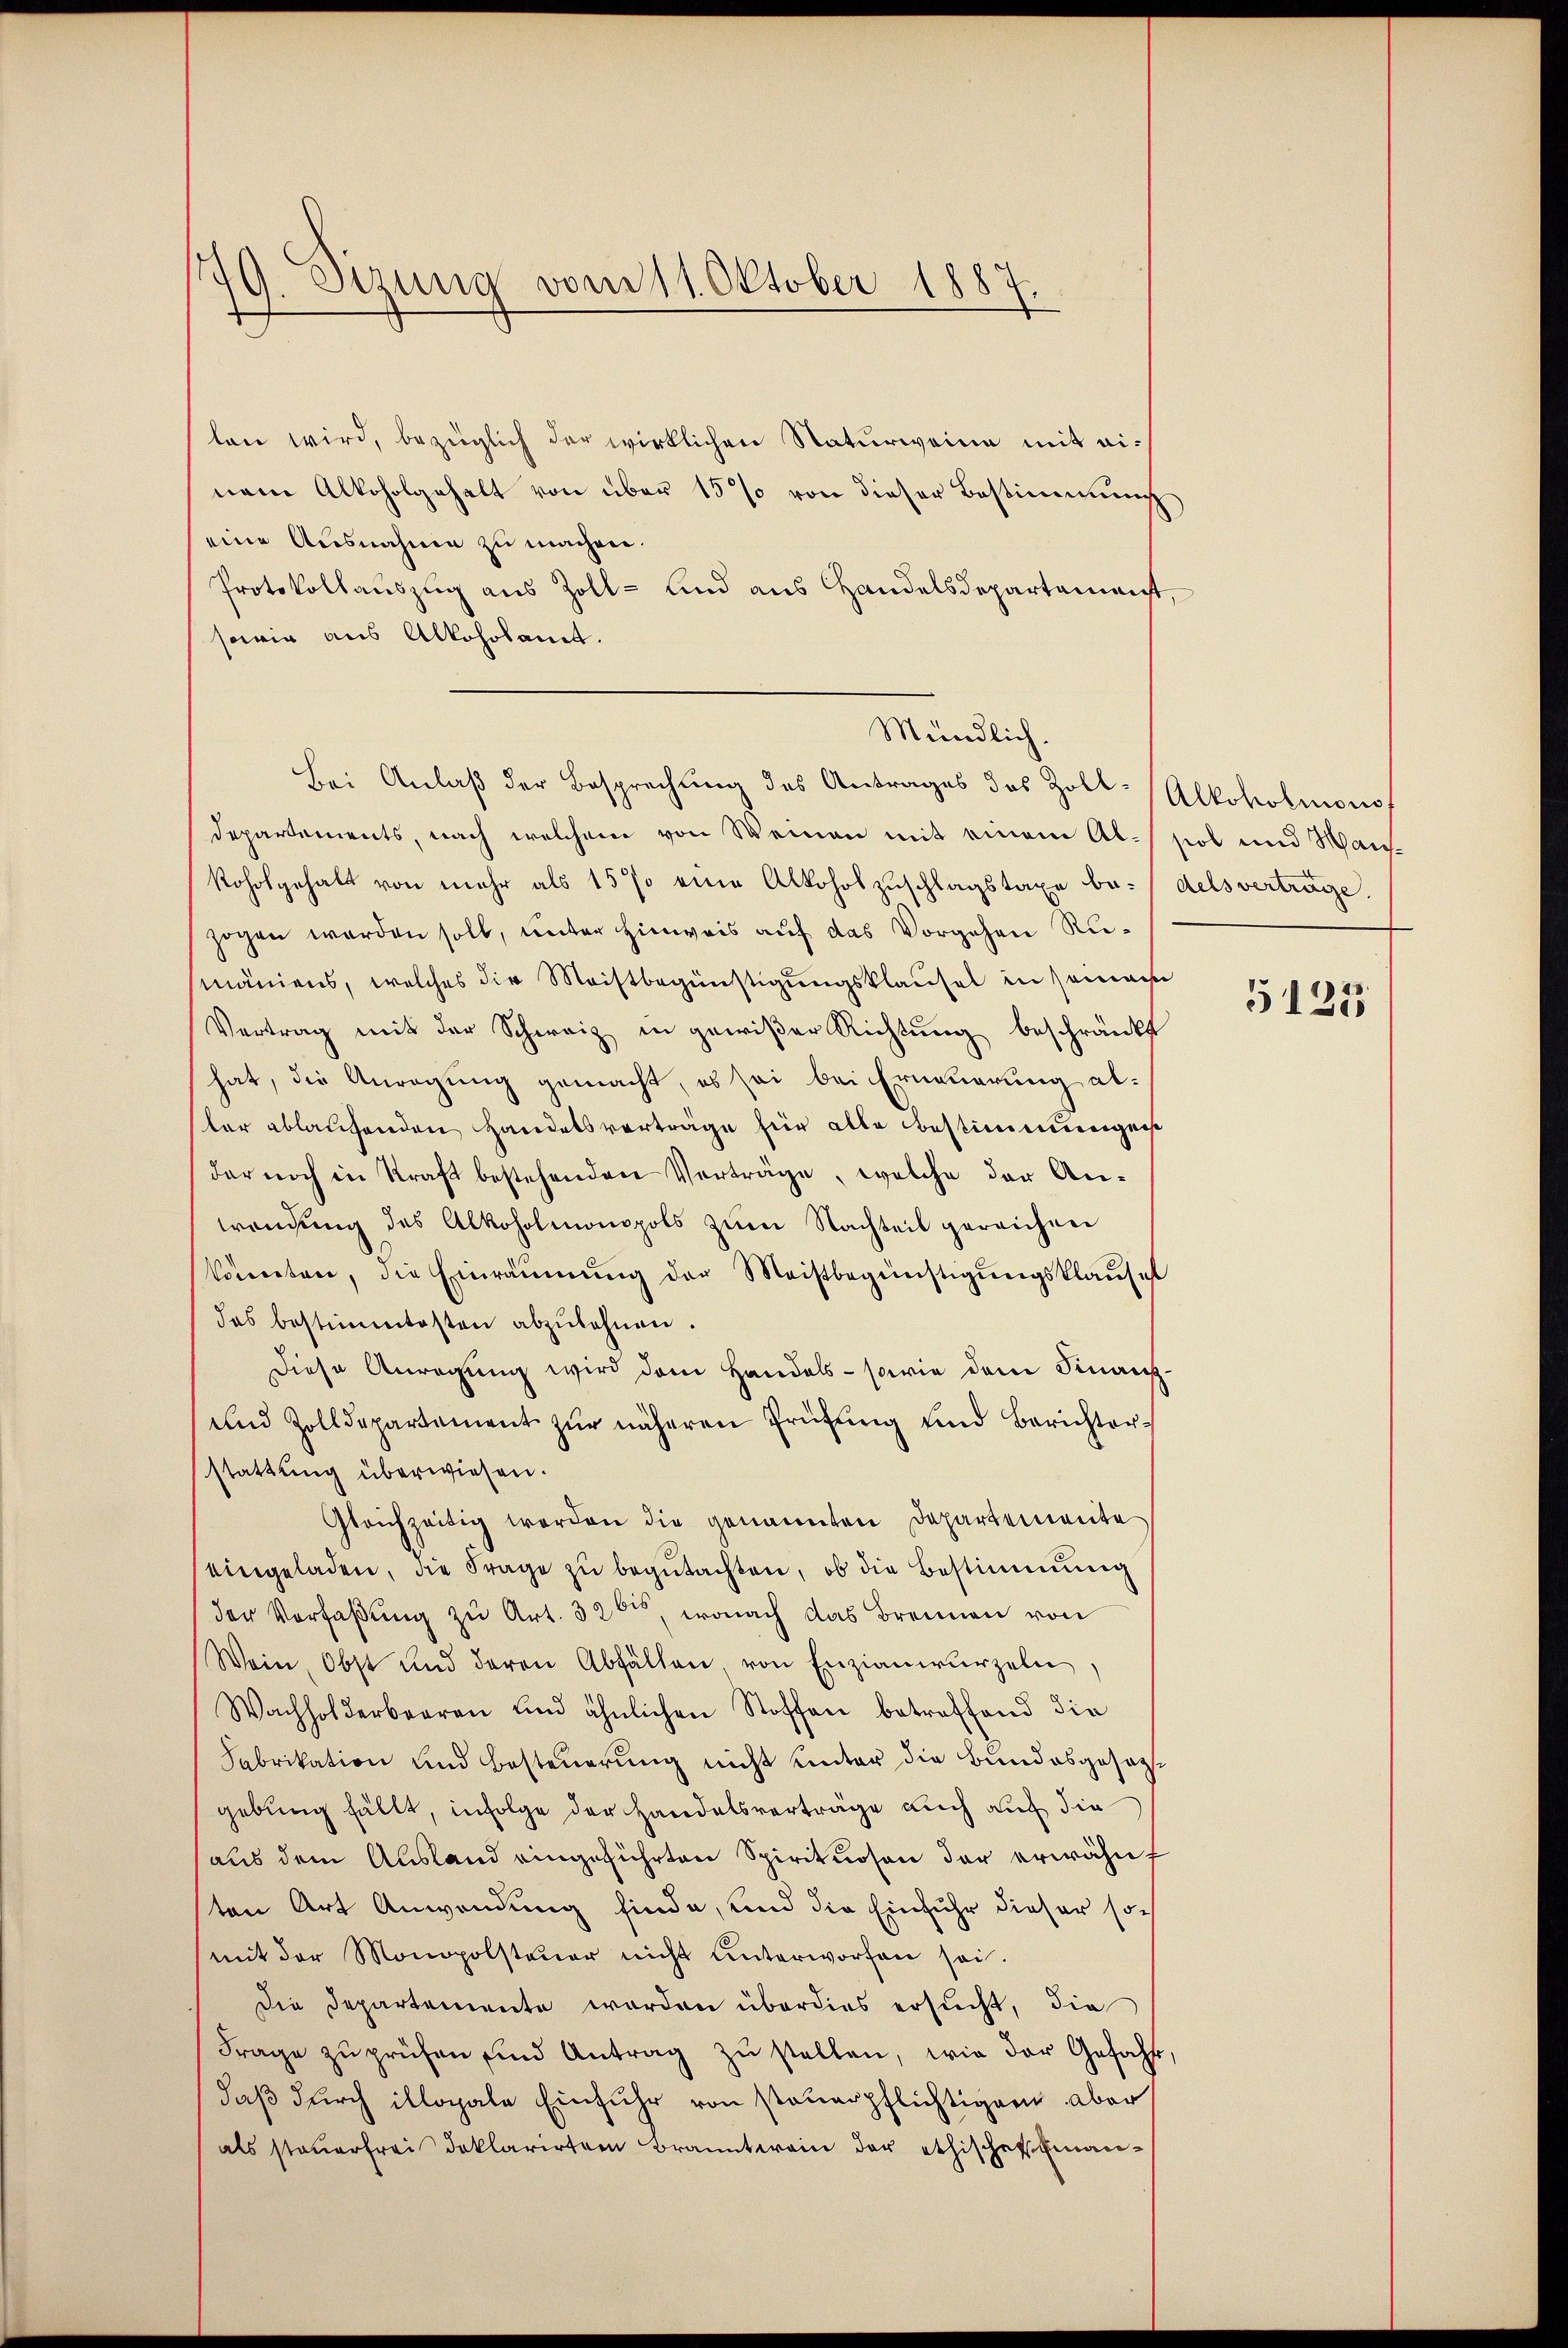
179. Sizung vom 11. Oktober 1887.

len wird, bezüglich der wirklichen Naturweine mit einem Alkoholgehalt von über 15% von dieser Bestimmung
eine Ausnahme zu machen.
Protokollauszug aus Zoll- und aus Handelsdepartemenst,
sowie aus Alkoholamt.
Departements, nach welchem von Weinen mit einem Al-sol und Hanskoholgehalt von mehr als 15% eine Alkoholzuschlagstaxe be-/delsverträge.
zogen werden soll, unter Hinweis auf das Vorgehen Rumäniens, welches die Meistbegünstigungsklausel in seinem
Vertrag mit der Schweiz in gewißer Richtŭng beschränkt
hat, die Anregung gemacht, es sei bei Erneuerung al-
ler ablauchenden Handelsverträge für alle Bestimmungen
der noch in Kraft bestehenden Verträge, welche der Anwendung des Alkoholmonopols zum Nachteil gereichen
könnten, die Einräŭmŭng der Meistbegünstigŭngsklausel
das bestimmtesten abzulehnen.
Diese Anregung wird dem Handels- sowie dem Finanz-
und Zolldepartement zŭr näheren Prüfŭng und Berichter-
stattung überwiesen.
Gleichzeitig werden die genannten Departemente
eingeladen, die Frage zŭ begŭtachten, ob die Bestimmung
der Verfaßung zu Art. 326, wonach das Brennen von
Wein, Obst und deren Abfällen, von Enzianwurzeln,
Wachholderbaren und ähnlichen Stoffen betreffend die
Fabrikation und Besteuerung nicht unter die Bundesgesaggebung fällt, infolge der Handelsverträge auch auch die
aus dem Ausland eingeführten Spirituosen der erwähnt
ten Art Anwendung finde, und die Einfuhr dieser somit der Monopolsteŭer nicht unterworfen sei.
Die Departemente worden überdies ersucht, die
Frage zŭ prüfen und Antrag zŭ stellen, wie der Gefahl,
daß durch illopale Einfuhr von steuerpflichtiger aber
als steuerfrei deklarirten Branntwein der ethischenman¬

Mündlich.
Bei Anlaß der Besprechung des Antrages des Zoll-Alkoholmono

5122